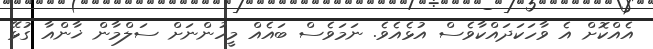
އެއްކޮށް އެ ވާހަކަދައްކާވެސް އުޅެއެވެ. ނަމަވެސް ބައެއް މީހުންނަށް ސަލްމާން ޚާންއާ ގުޅޭ